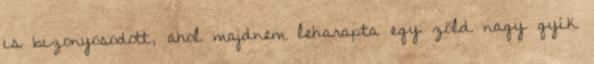
is bizonyosodott, ahol majdnem leharapta egy zöld nagy gyík